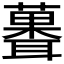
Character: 𫉻